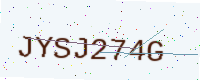
Text: JYSJ274G